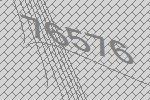
76576